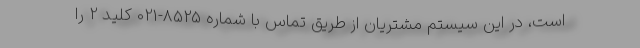
است، در این سیستم مشتریان از طریق تماس با شماره 8525-021 کلید 2 را